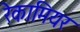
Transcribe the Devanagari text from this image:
रेकामियर